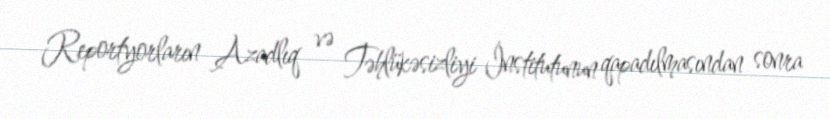
Reportyorların Azadlıq və Təhlükəsizliyi İnstitutunun qapadılmasından sonra